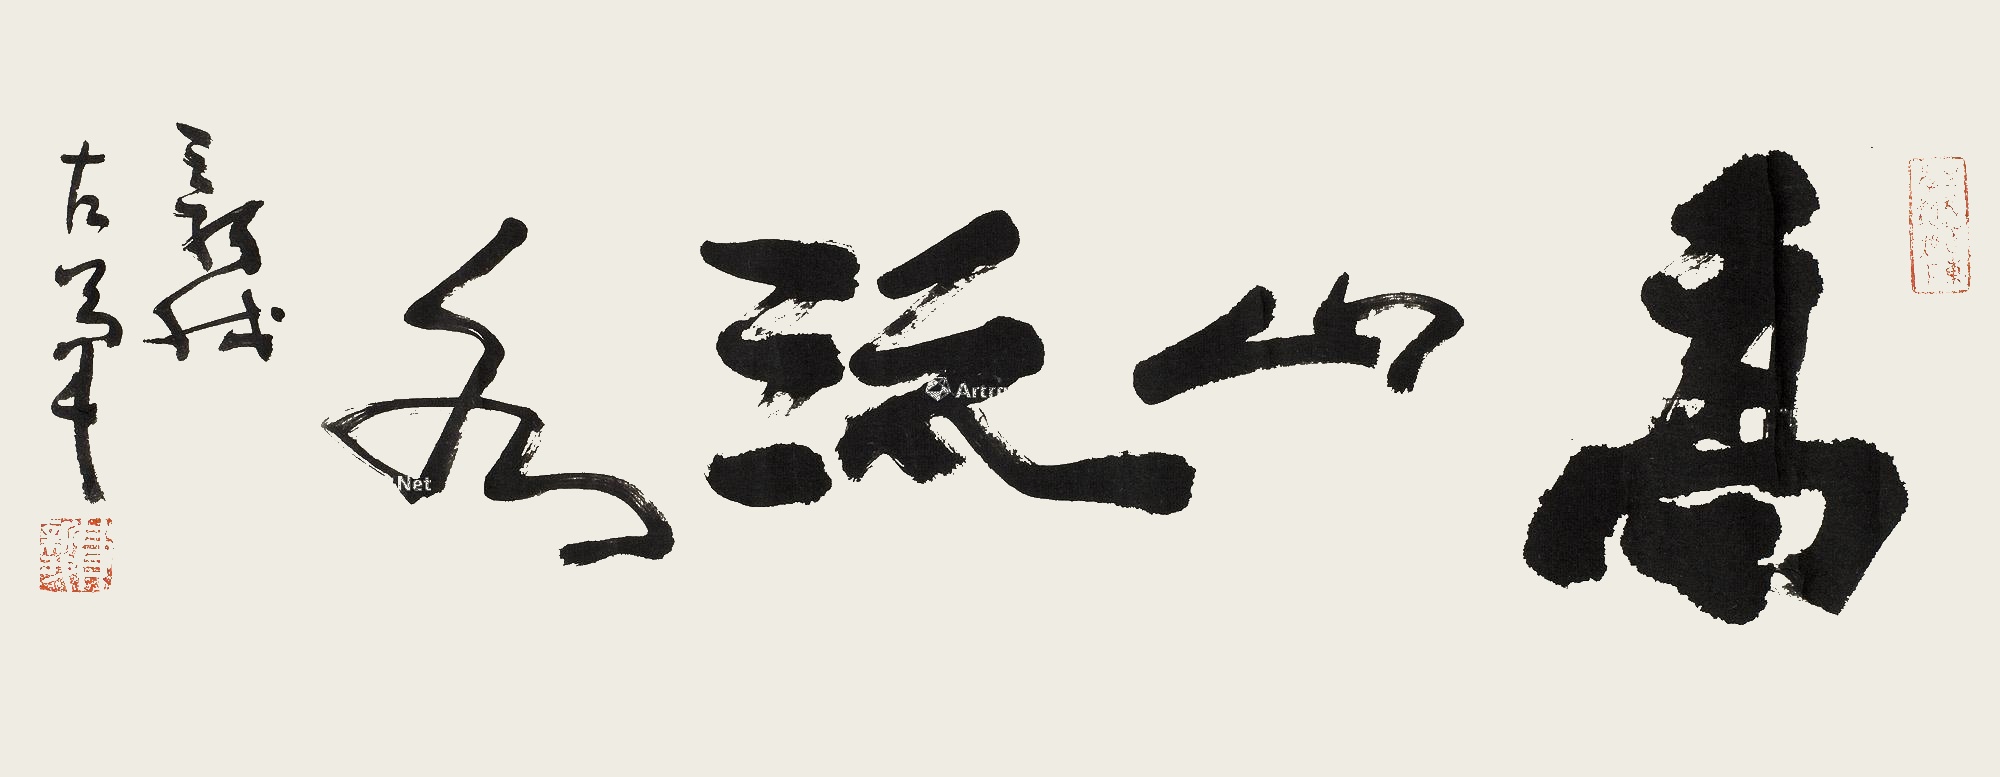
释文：高山流水。新我左笔。